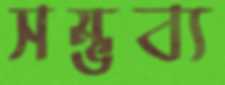
সম্ভব্য